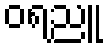
ဝရညူ